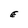
Character: E